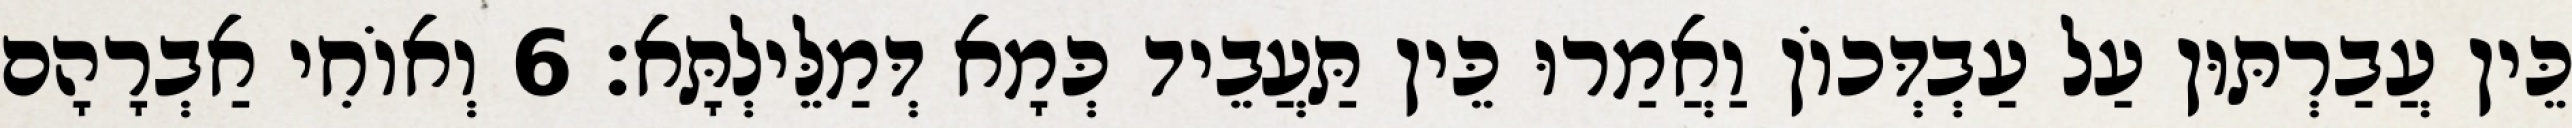
כֵּין עֲבַרְתּוּן עַל עַבְדְּכוֹן וַאֲמַרוּ כֵּין תַּעֲבֵיד כְּמָא דְּמַלֵּילְתָּא׃ 6 וְאוֹחִי אַבְרָהָם